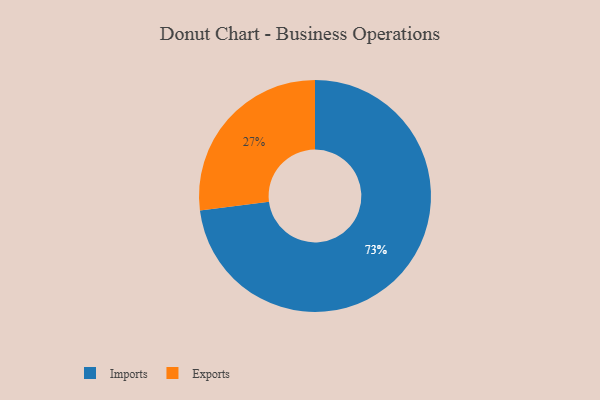
{"axis": {"x": "Category", "y": "Percentage"}, "legend": ["Exports", "Imports"], "data": [{"x": "Imports", "y": 73, "type": "Imports"}, {"x": "Exports", "y": 27, "type": "Exports"}]}